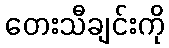
တေးသီချင်းကို